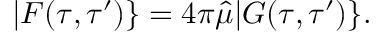
| F ( \tau , \tau ^ { \prime } ) \} = 4 \pi \hat { \mu } | G ( \tau , \tau ^ { \prime } ) \} .